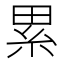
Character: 累